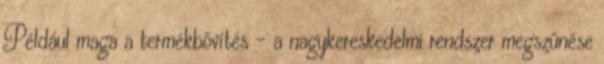
Például maga a termékbővítés – a nagykereskedelmi rendszer megszűnése